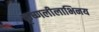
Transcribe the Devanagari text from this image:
कृष्णलीलाभिनय